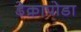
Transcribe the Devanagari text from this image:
डेक्रापोडा